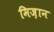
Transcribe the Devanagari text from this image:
मिज़ान